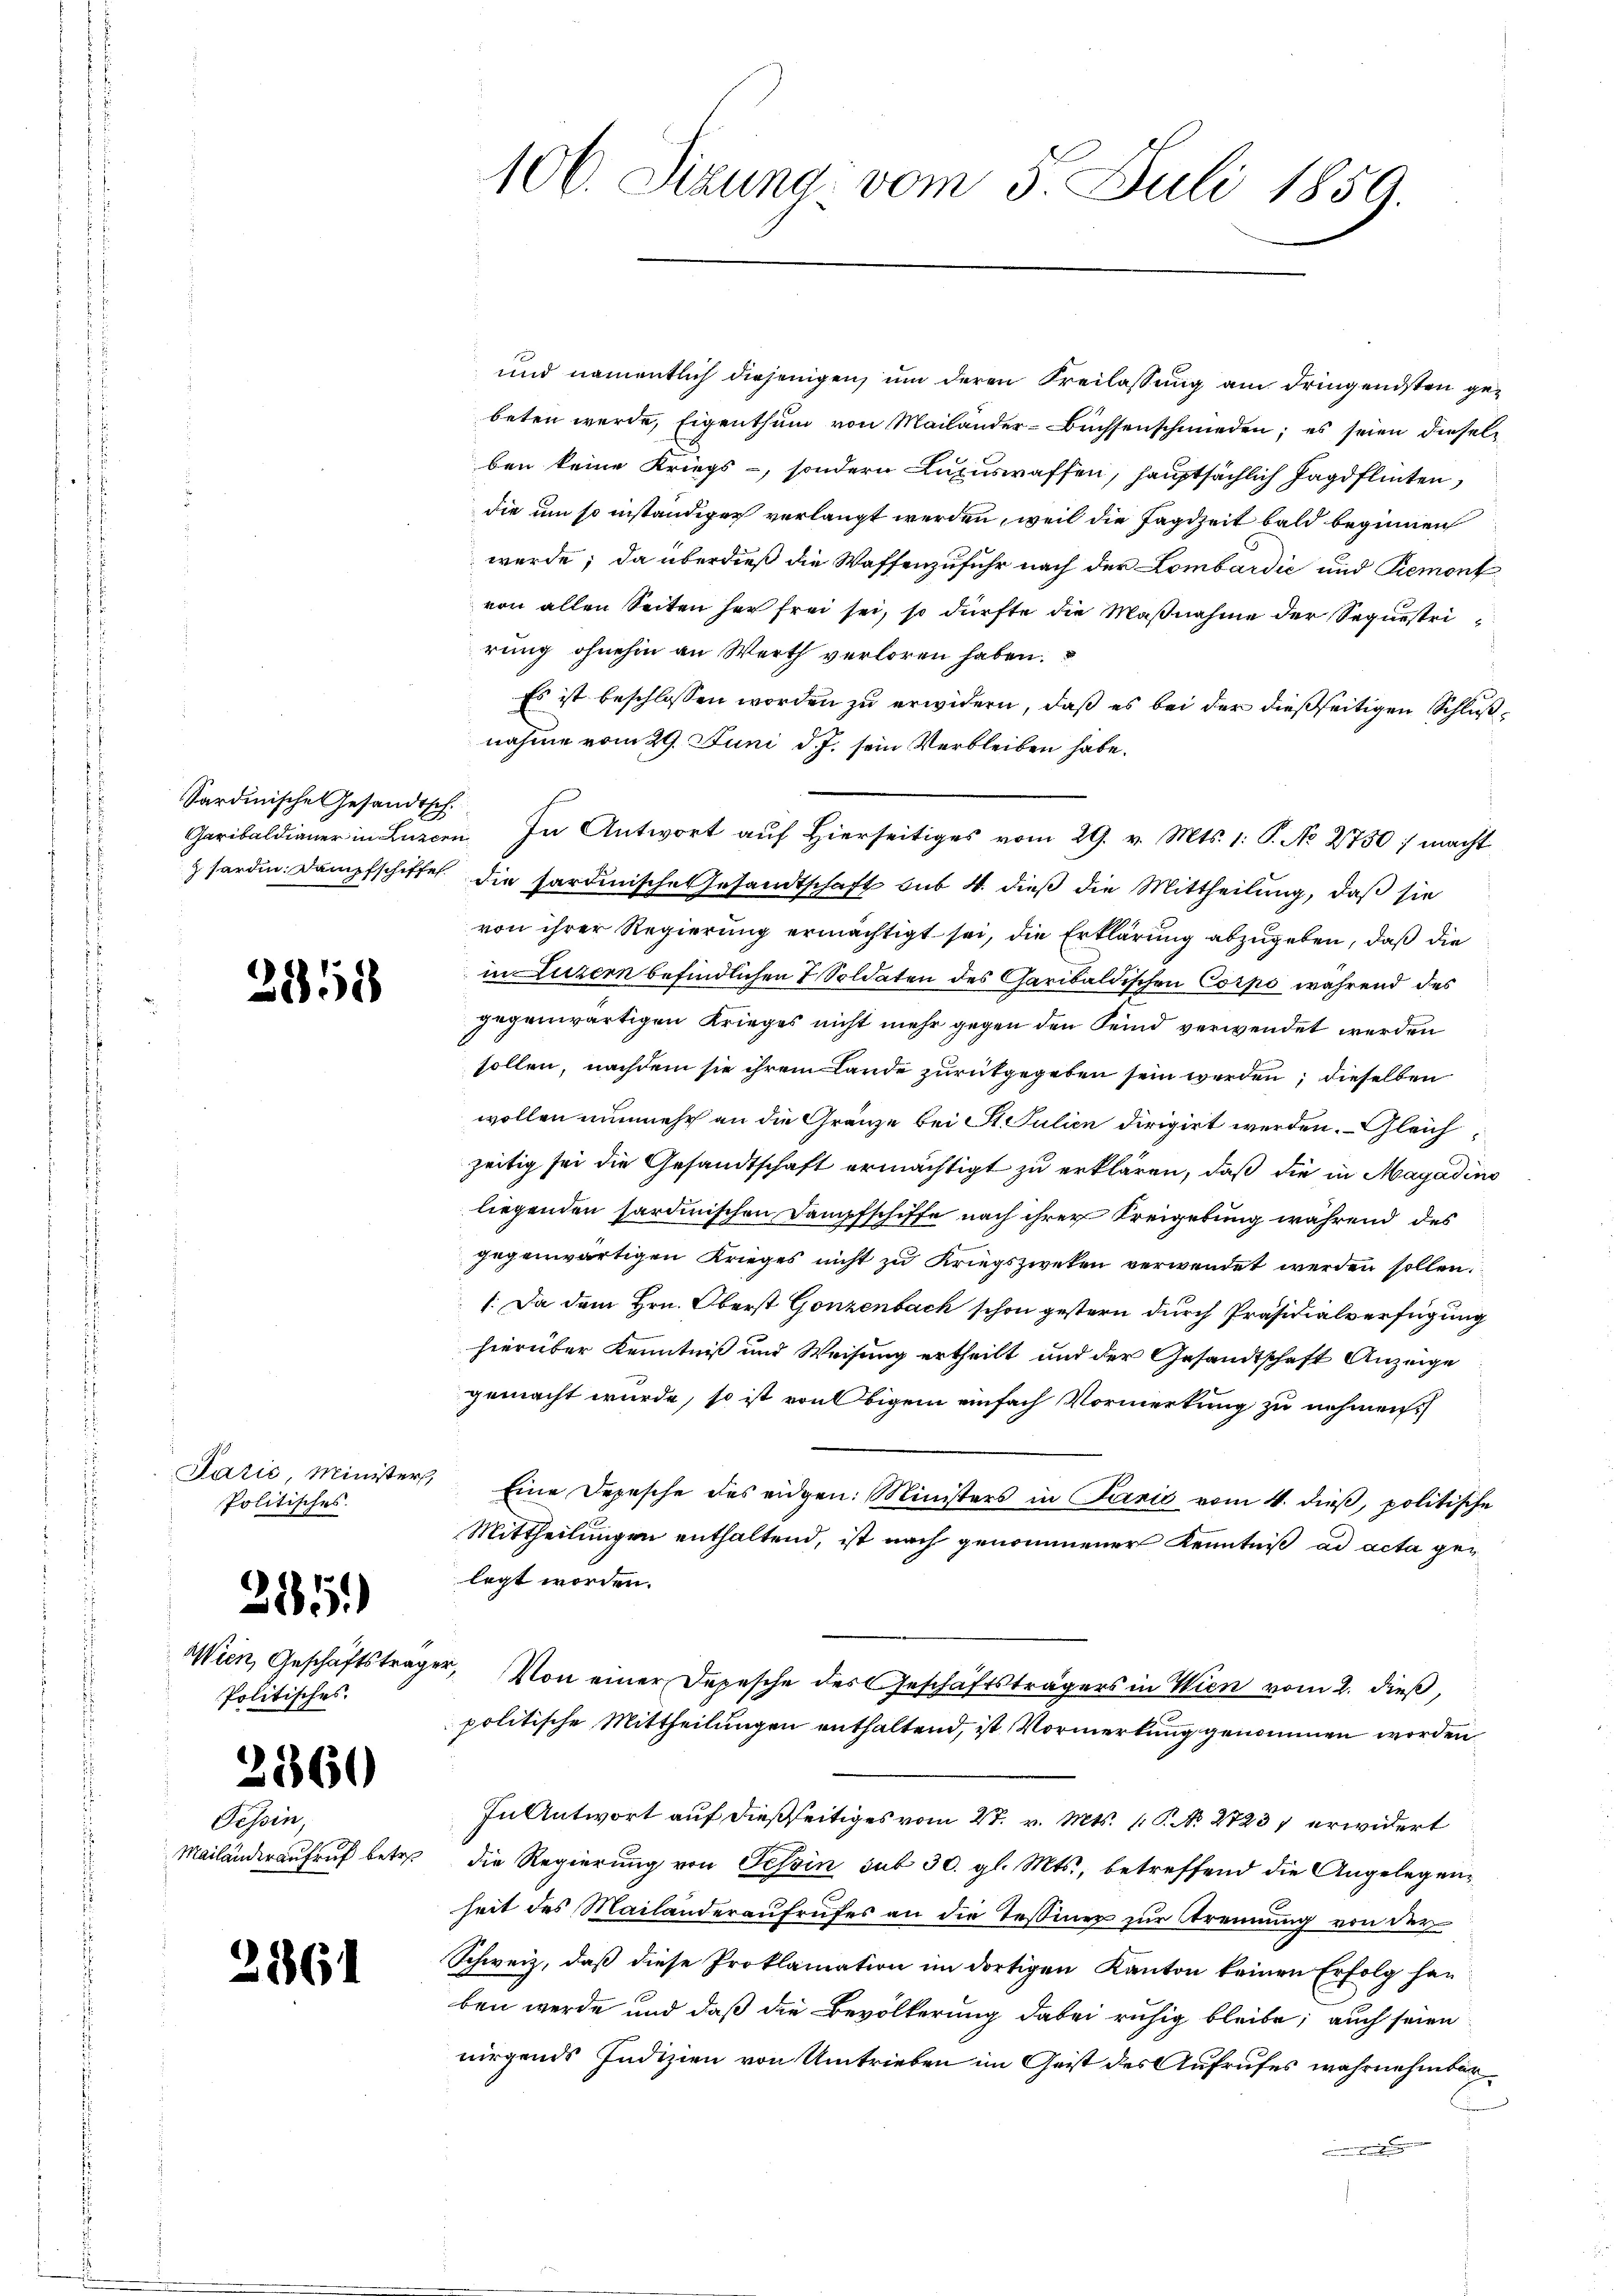
Sardinische Gesandtsch.

)

2551

Politisches.

325)

Wien, Geschäftstrag
Politisches.

360

Tessin,
Mailanderaufruf betref

86

und namentlich diejenigen, um deren Freilassung am dringendsten gebeten wurde, Eigenthum von Mailänder-Buchsenschmieden; es seien diesel
ben keine Kriegs-, sondern Luxuswaffen, hauptsächlich Jagdflinten,
die um so inständiger verlangt werden, weil die Jagdzeit bald beginnen
werde; da überdieß die Waffenzufuhr nach der Lombardić und Riemont
von allen Seiten her frei sei, so dürfte die Maßnahme der Sequestri
rung ohnehin an Werth verloren haben.
Es ist beschlossen worden zu erwidern, daß es bei der dießseitigen Schlußnahme vom 29. Juni d. J. sein Verbleiben habe.
zforden. Dampfschiffe die hardinische Gesandtschaft bis 4. dieß die Mittheilung, daß sie
von ihrer Regierung ermächtigt sei, die Erklärung abzugeben, daß die
in Luzern befindlichen 7. Soldaten des Caribaldischen Corps während des
gegenwärtigen Krieges nicht mehr gegen den Feind verwendet werden
sollen, nachdem sie ihrem Lande zurükgegeben sein werden, dieselben
wollen nunmehr an die Gränze bei St. Julien dirigirt werden. Gleichzeitig sei die Gesandtschaft ermächtigt zu erklären, daß die in Magadino
liegenden sardinischen Dampfschiffe nach ihrer Kreigebung während des
gegenwärtigen Krieges nicht zu Kriegszwecken verwendet werden sollen.
1. Da dem Hrn. Oberst Gonzenbach schon gestern durch Präsidialverfügung
hierüber Kenntniß und Weisung ertheilt und der Gesandtschaft Anzeige
gemacht wurde, so ist von Obigem einfach Vormerkung zu nehmen.
Parić, Minister Eine Depesche des eidgen: Ministers in Panić vom 4. dieβ, politische
Mittheilungen enthaltend, ist nach genommener Kenntniß ad acta gelegt worden.
r. Von einer Depesche des Geschäftsträgers in Wien vom 2. dieß,
politische Mittheilungen enthaltend, ist Vormerkung genommen worden
In Antwort auf dießseitiges vom 27. v. Mts. 1. P. N. 2723 erwidert
die Regierung von Tessin sub 30. gl. Mts., betreffend die Angelegenheit des Mailanderaufrufes an die Tessiner zur Trennung von der
Schweiz, daß diese Proklamation im dortigen Kanton keinen Erfolg han
ben werde und daß die Bevölkerung dabei ruhig bleibe; auch seien
nirgends Indizien von Umtrieben im Geist des Aufrufes wahrnehmbar
nngen

106. Sizung vom 5. Juli 1859.

Garibaldianer in Burcen. In Antwort auf Hierseitiges vom 29. v. Mts. 1: P. No 2750 ; macht